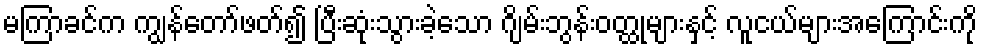
မကြာခင်က ကျွန်တော်ဖတ်၍ ပြီးဆုံးသွားခဲ့သော ဂျိမ်းဘွန်းဝတ္ထုများနှင့် လူငယ်များအကြောင်းကို